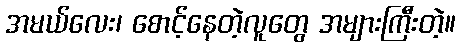
အမယ်လေး၊ စောင့်နေတဲ့လူတွေ အများကြီးတဲ့။